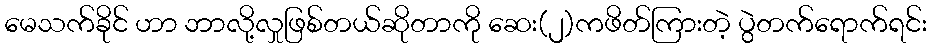
မေသက်ခိုင် ဟာ ဘာလို့လှုဖြစ်တယ်ဆိုတာကို ဆေး(၂)ကဖိတ်ကြားတဲ့ ပွဲတက်ရောက်ရင်း